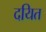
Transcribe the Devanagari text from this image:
दयित